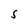
Character: S